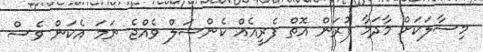
މިސާލަކަށް މާދަމާ ފުރަން އޮތް ފެރީއެއް ކެންސަލް ވެއްޖެ ނަމަ އެކަން ވެސް